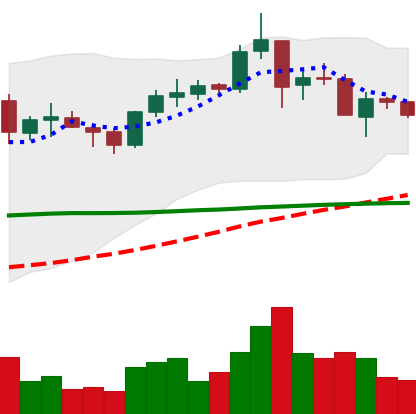
Ticker: TRX-USD
Chart end date: 2019-02-03
Forward return: 5.338%
Label: up_5_7